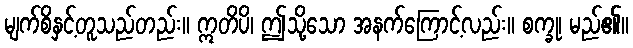
မျက်စိနှင့်တူသည်တည်း။ ဣတိပိ၊ ဤသို့သော အနက်ကြောင့်လည်း။ စက္ခု၊ မည်၏။